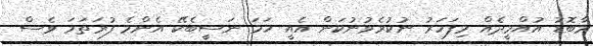
މާބޮޑު އުއްމީދެއް މިފަހަރު ނުކުރެވުނުކަން އެއީ ހަމަ ނަސީބެކޭ އެންމެ ފުރަތަމަ ވެސް